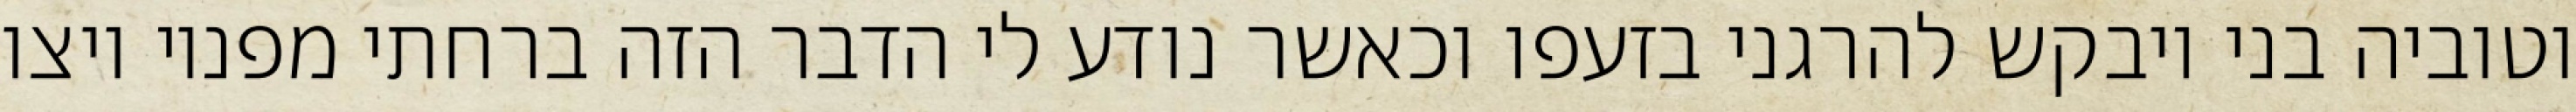
וטוביה בני ויבקש להרגני בזעפו וכאשר נודע לי הדבר הזה ברחתי מפניו ויצו